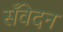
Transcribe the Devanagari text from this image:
सँवेदन